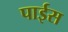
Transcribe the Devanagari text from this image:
पाईस